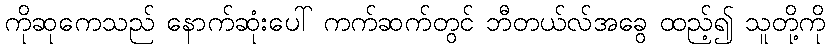
ကိုဆုကေသည် နောက်ဆုံးပေါ် ကက်ဆက်တွင် ဘီတယ်လ်အခွေ ထည့်၍ သူတို့ကို